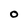
Character: O